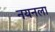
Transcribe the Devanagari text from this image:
नयनला